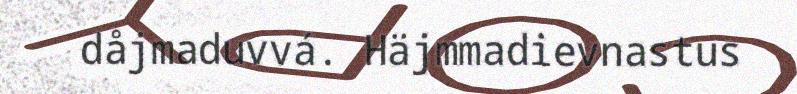
dåjmaduvvá. Häjmmadievnastus